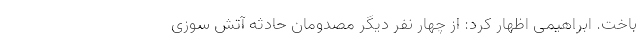
باخت. ابراهیمی اظهار کرد: از چهار نفر دیگر مصدومان حادثه آتش سوزی